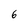
Character: 6